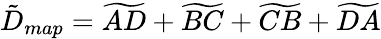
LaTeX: \tilde{D}_{map}=\widetilde{AD}+\widetilde{BC}+\widetilde{CB}+\widetilde{DA}